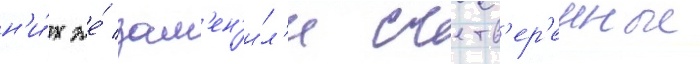
н'и́х же́ зам'ен'и́л'и счетв'ер'енные